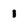
Character: 1